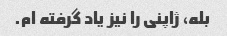
بله، ژاپنی را نیز یاد گرفته ام.